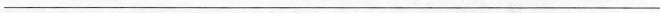
___